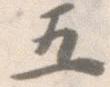
五